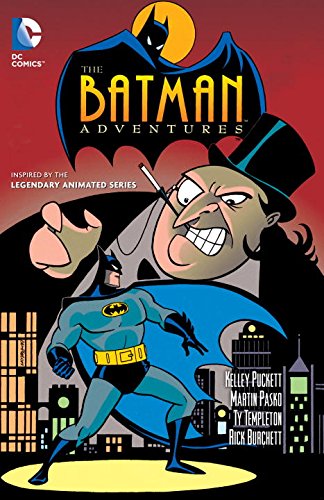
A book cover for Batman Adventures Vol. 1; Kelley Puckett; Children's Books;